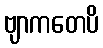
ဗျာကတေပိ